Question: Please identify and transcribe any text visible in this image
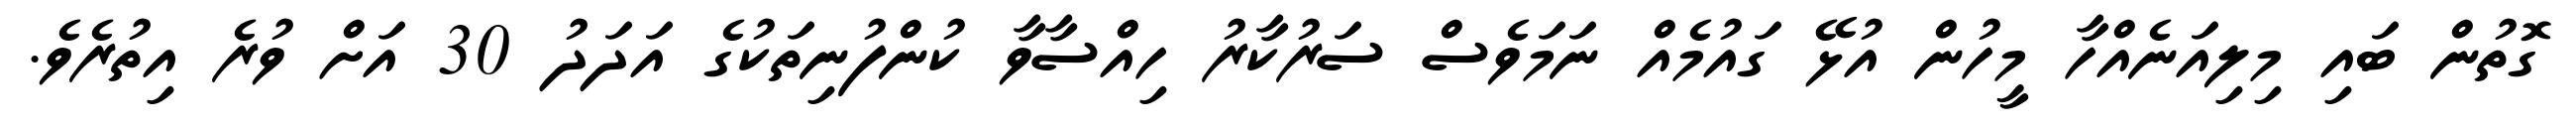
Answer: ގޮތުން ބައި މިލިއަނެއްހާ މީހުން އުޅޭ ގައުމެއް ނަމަވެސް ސަރުކާރު ހިއްސާވާ ކުންފުނިތަކުގެ އަދަދު 30 އަށް ވުރެ އިތުރެވެ.